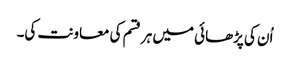
اُن کی پڑھائی میں ہر قسم کی معاونت کی۔